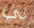
لي